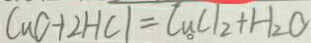
C u C + 2 H C l = C u C l _ { 2 } + H _ { 2 } O